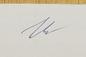
Signature authenticity: genuine